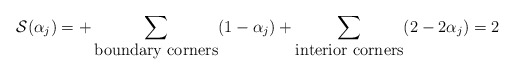
\begin{align*}{\cal S}(\alpha_j) = + \sum_{\hbox{boundary corners}} (1-\alpha_j) +\sum_{\hbox{interior corners}} (2-2\alpha_j) =2\end{align*}